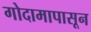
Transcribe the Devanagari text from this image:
गोदामापासून